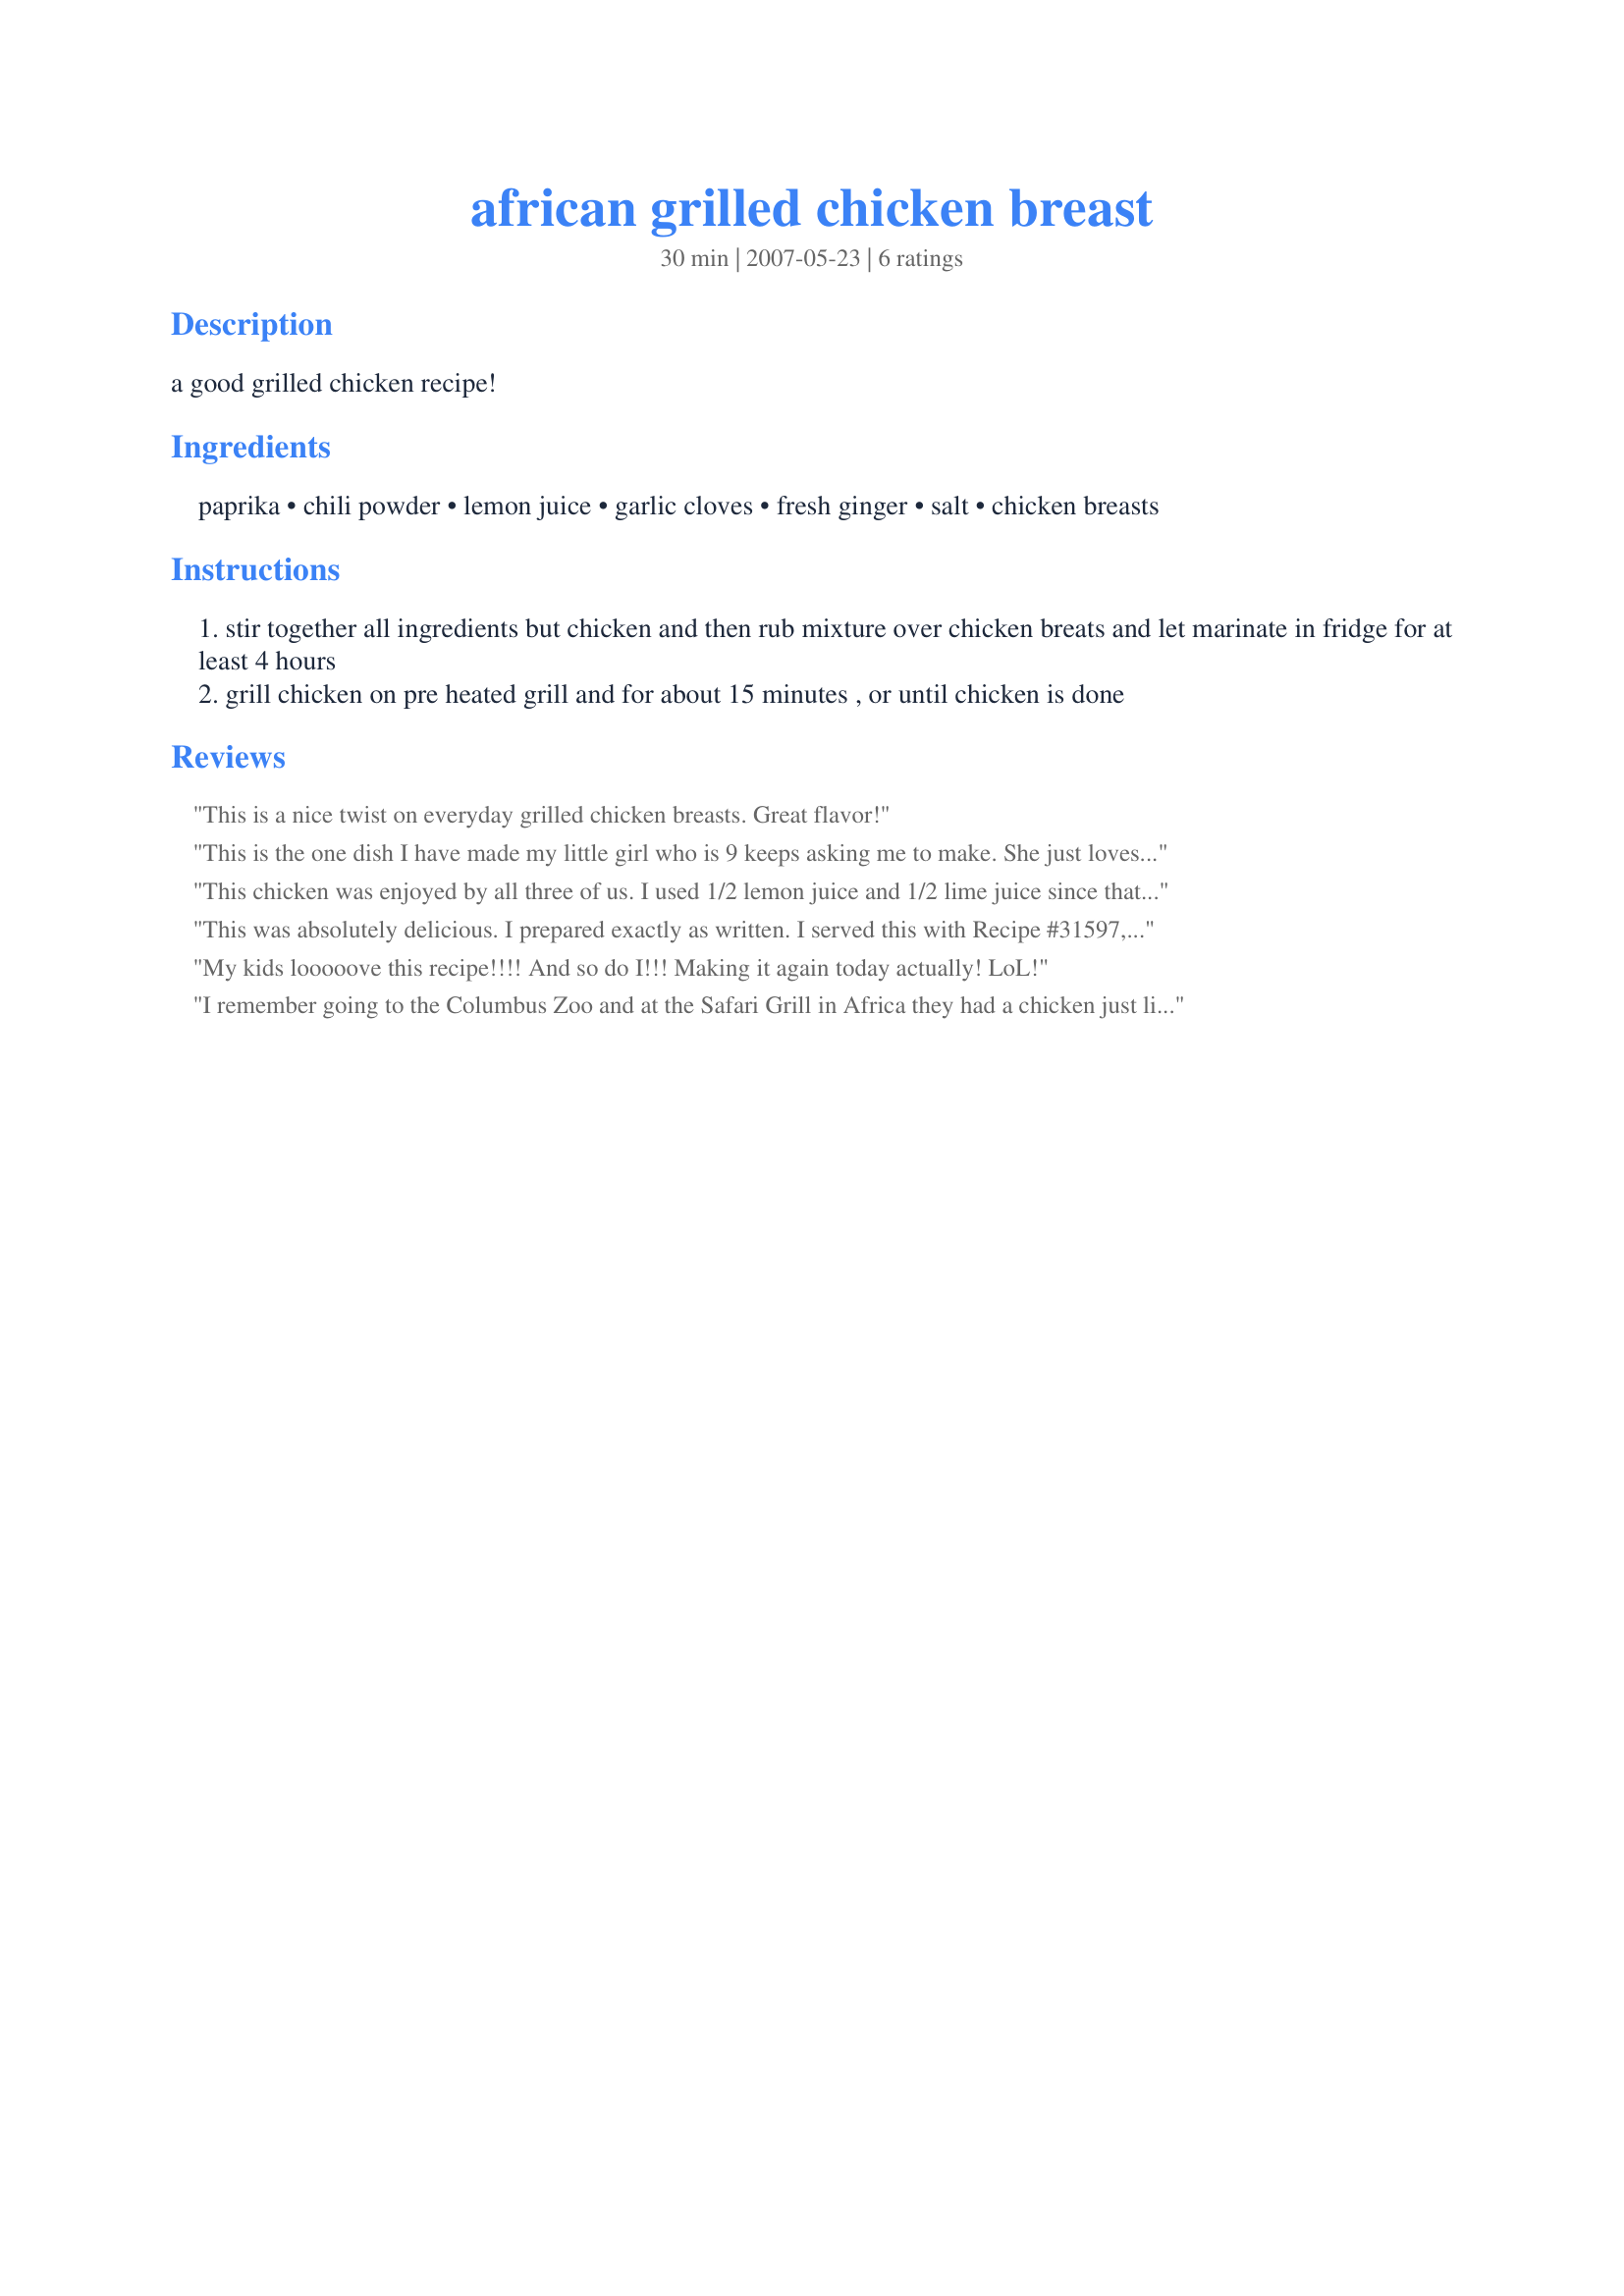
african grilled chicken breast
Preparation time: 30 minutes

a good grilled chicken recipe!

Ingredients:
paprika, chili powder, lemon juice, garlic cloves, fresh ginger, salt, chicken breasts

Steps:
stir together all ingredients but chicken and then rub mixture over chicken breats and let marinate in fridge for at least 4 hours
grill chicken on pre heated grill and for about 15 minutes , or until chicken is done

Reviews:
This is a nice twist on everyday grilled chicken breasts. Great flavor!
This is the one dish I have made my little girl who is 9 keeps asking me to make. She just loves it. It does have a nice zing to it. Love it grilled. I often add onion and garlic powder and have tried it with lime also.
This chicken was enjoyed by all three of us. I used 1/2 lemon juice and 1/2 lime juice since that was what was available (much to my surprise, I have a lemon theif) and it turned out beautifully. I served this with steamed veggies and some simple roasted potatoes. I am adding this to my regular recipe rotation, since the boys have both asked when we get to have it again. Reviewed for PAC Spring 2008
This was absolutely delicious. I prepared exactly as written. I served this with Recipe #31597, and Recipe #59278. Use a meat thermometer for best results!
My kids looooove this recipe!!!! And so do I!!! Making it again today actually! LoL!
I remember going to the Columbus Zoo and at the Safari Grill in Africa they had a chicken just like this and it was AMAZING!
